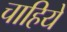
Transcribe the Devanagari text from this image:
चाहिये